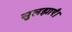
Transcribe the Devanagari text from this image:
सुलझाएँ।